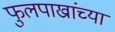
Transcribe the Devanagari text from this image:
फुलपाख्रांच्या